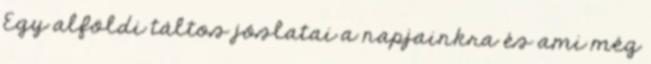
Egy alföldi táltos jóslatai a napjainkra és ami még